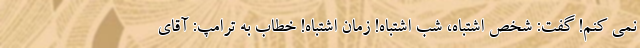
نمی کنم! گفت: شخص اشتباه، شب اشتباه! زمان اشتباه! خطاب به ترامپ: آقای